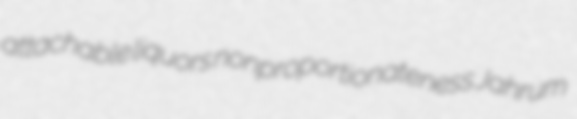
attachable liquors nonproportionateness Jahrum